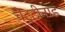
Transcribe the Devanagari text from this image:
चेट्टीनाड